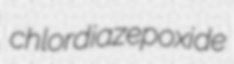
chlordiazepoxide